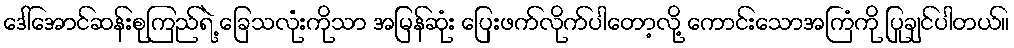
ဒေါ်အောင်ဆန်းစုကြည်ရဲ့ ခြေသလုံးကိုသာ အမြန်ဆုံး ပြေးဖက်လိုက်ပါတော့လို့ ကောင်းသောအကြံကို ပြုချင်ပါတယ်။